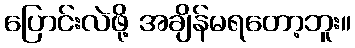
ပြောင်းလဲဖို့ အချိန်မရတော့ဘူး။